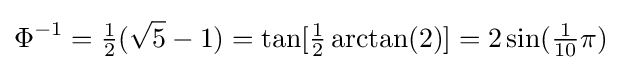
\Phi ^{-1}={\tfrac {1}{2}}({\sqrt {5}}-1)=\tan[{\tfrac {1}{2}}\arctan(2)]=2\sin({\tfrac {1}{10}}{\pi })